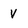
Character: V